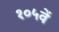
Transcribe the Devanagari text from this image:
१०५वें